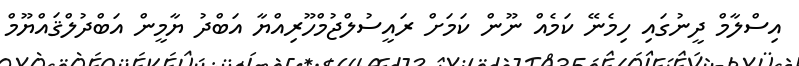
އިސްލާމް ދީނުގައި ހިމެނޭ ކަމެއް ނޫން ކަމަށް ރައީސުލްޖުމްހޫރިއްޔާ އަބްދު ޔާމީން އަބްދުލްޤައްޔޫމް